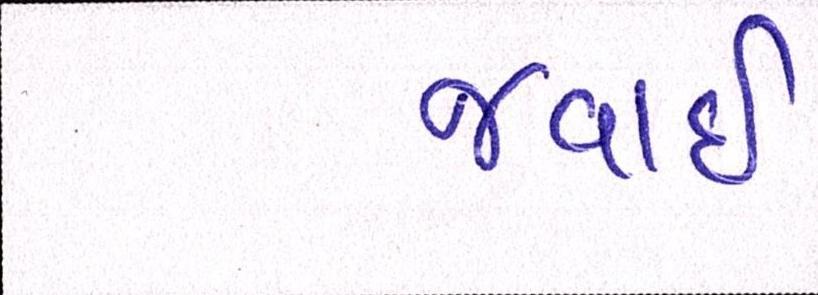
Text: જવાઇ